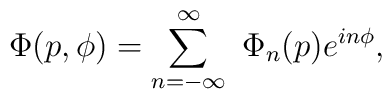
\Phi(p, \phi) = \sum_{n=-\infty}^{\infty}\ \Phi_n(p) e^{in\phi},